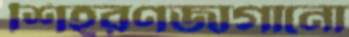
শিহরণজাগানো